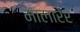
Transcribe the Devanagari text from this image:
मालारेर